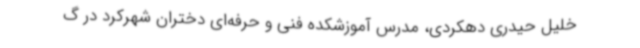
خلیل حیدری دهکردی، مدرس آموزشکده فنی و حرفه‌ای دختران شهرکرد در گ